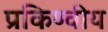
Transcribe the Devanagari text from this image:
प्रकिण्वीय